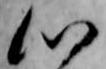
心